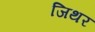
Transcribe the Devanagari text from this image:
जिथर